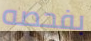
بفحصه